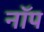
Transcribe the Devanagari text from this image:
नॉप